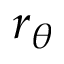
r _ { \theta }